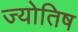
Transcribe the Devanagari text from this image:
ज्योतिष